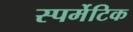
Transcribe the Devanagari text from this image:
स्पर्मेटिक